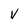
Character: V